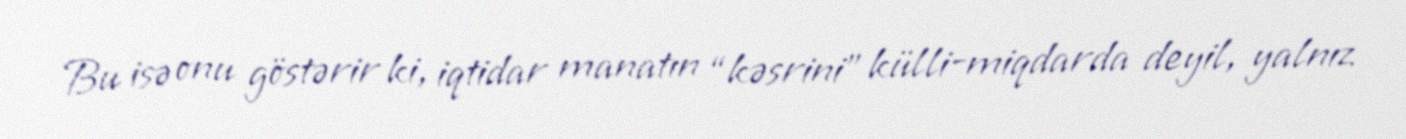
Bu isə onu göstərir ki, iqtidar manatın “kəsrini” külli-miqdarda deyil, yalnız